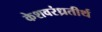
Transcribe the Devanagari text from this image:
केशवरंध्रतीर्थ